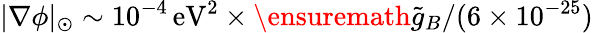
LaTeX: |\nabla\phi|_{\odot}\sim 10^{-4}\, \mathrm{eV}^{2}\times\ensuremath{\tilde{g}_{B}}/(6\times 10^{-25})